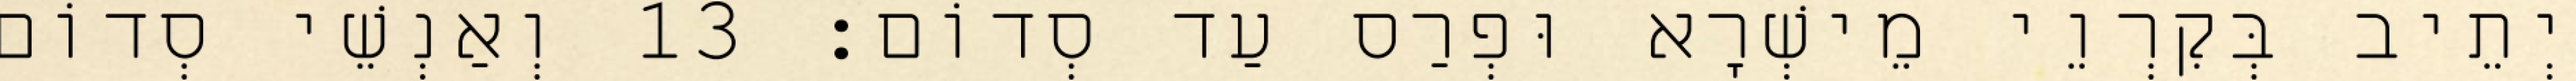
יְתֵיב בְּקִרְוֵי מֵישְׁרָא וּפְרַס עַד סְדוֹם׃ 13 וְאַנְשֵׁי סְדוֹם